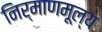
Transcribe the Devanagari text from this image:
निर्माणमूल्य